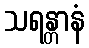
သရန္တာနံ